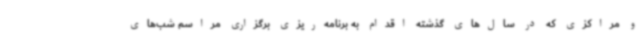
و مراکزی که در سال‌های گذشته اقدام به برنامه‌ریزی برگزاری مراسم شب‌های